Report of the King Institute of Preventive Medicine, Guindy
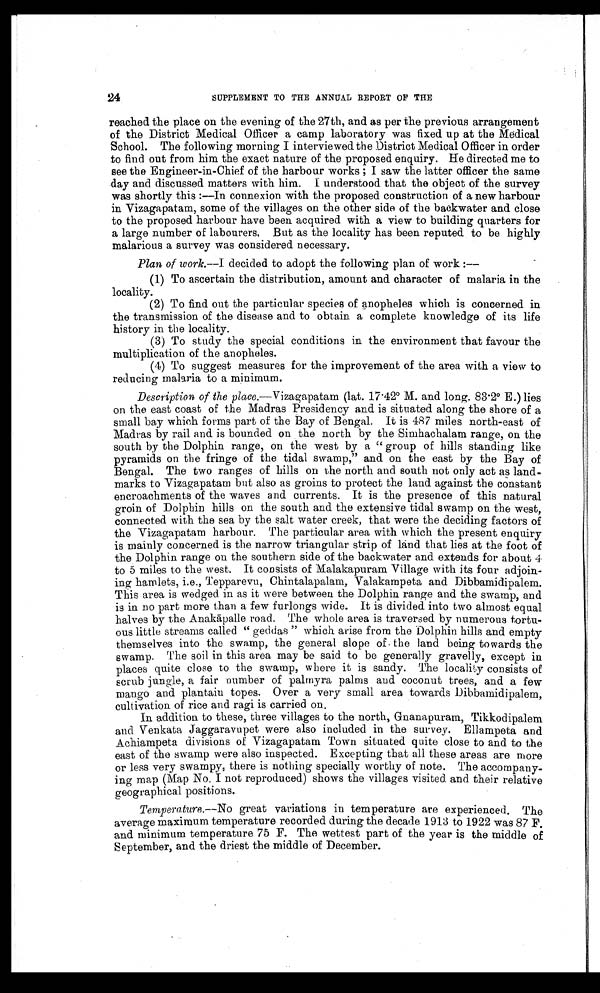
24
SUPPLEMENT TO THE ANNUAL REPORT OF THE
reached the place on the evening of the 27th, and. as per the previous arrangement
of the District Medical Officer a camp laboratory was fixed up at the Medical
School. The following morning I interviewed the District Medical Officer in order
to find out from him the exact nature of the proposed enquiry. He directed me to
see the Engineer-in-Chief of the harbour works ; I saw the latter officer the same
day and discussed matters with him. I understood that the object of the survey
was shortly this :—In connexion with the proposed construction of a new harbour
in Vizagapatam, some of the villages on the other side of the backwater and close
to the proposed harbour have been acquired with a view to building quarters for
a large number of labourers. But as the locality has been reputed to be highly
malarious a survey was considered necessary.
Plan of work.—I decided to adopt the following plan of work :—
(1) To ascertain the distribution, amount and character of malaria in the
locality.
(2) To find out the particular species of anopheles which is concerned in
the transmission of the disease and to obtain a complete knowledge of its life
history in the locality.
(3) To study the special conditions in the environment that favour the
multiplication of the anopheles.
(4) To suggest measures for the improvement of the area with a view to
reducing malaria to a minimum.
Description of the place .—Vizagapatam (lat. 17.42° M. and long. 83.2° E.) lies
on the east coast of the Madras Presidency and is situated along the shore of a
small bay which forms part of the Bay of Bengal. It is 487 miles north-east of
Madras by rail and is bounded on the north by the Simhachalam range, on the
south by the Dolphin range, on the west by a “ group of hills standing like
pyramids on the fringe of the tidal swamp,” and on the east by the Bay of
Bengal. The two ranges of hills on the north and south not only act as lan
d - m a r k s t o V i z a g a p a t a m b u t a l s o a s g r o i n s t o p r o t e c t t h e l a n d a g a i n s t t h e c o n s t a n t
encroachments of the waves and currents. It is the presence of this natural
groin of Dolphin hills on the south and the extensive tidal swamp on the west,
connected with the sea by the salt water creek, that were the deciding factors of
the Vizagapatam harbour. The particular area with which the present enquiry
is mainly concerned is the narrow triangular strip of land that lies at the foot of
the Dolphin range on the southern side of the backwater and extends for about 4
to 5 miles to the west. It consists of Malakapuram Village with its four adjoi
n - i n g h a m l e t s , i . e . , T e p p a r e v u , C h i n t a l a p a l a m , V a l a k a m p e t a a n d D i b b a m i d i p a l e m .
This area is wedged in as it were between the Dolphin range and the swamp, and
is in no part more than a few furlongs wide. It is divided into two almost equal
halves by the Anakā palle road. The whole area is traversed by numerous tort
u - o u s l i t t l e s t r e a m s c a l l e d “ g e d d a s ” w h i c h a r i s e f r o m t h e D o l p h i n h i l l s a n d e m p t y
themselves into the swamp, the general slope of the land being towards the
swamp. The soil in this area may be said to be generally gravelly, except in
places quite close to the swamp, where it is sandy. The locality consists of
scrub jungle, a fair number of palmyra palms and coconut trees, and a few
mango and plantain topes. Over a very small area towards Dibbainidipalem,
cultivation of rice and ragi is carried on.
In. addition to these, three villages to the north, Gnanapuram, Tikkodipalem
and Venkata Jaggaravupet were also included in the survey. Ellampeta and
Achiampeta divisions of Vizagapatam Town situated quite close to and to the
east of the swamp were also inspected. Excepting that all these areas are more
or less very swampy, there is nothing specially worthy of note. The accompa
n y - i n g m a p ( M a p N o . I n o t r e p r o d u c e d . ) s h o w s t h e v i l l a g e s v i s i t e d a n d t h e i r r e l a t i v e
geographical positions.
Temperature.—No great variations in temperature are experienced. The
average maximum temperature recorded during the decade 1913 to 1922 was 87 F.
and. minimum temperature 75 F. The wettest part of the year is the middle of
September, and the driest the middle of December.